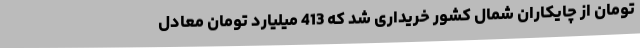
تومان از چایکاران شمال کشور خریداری شد که 413 میلیارد تومان معادل